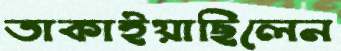
তাকাইয়াছিলেন